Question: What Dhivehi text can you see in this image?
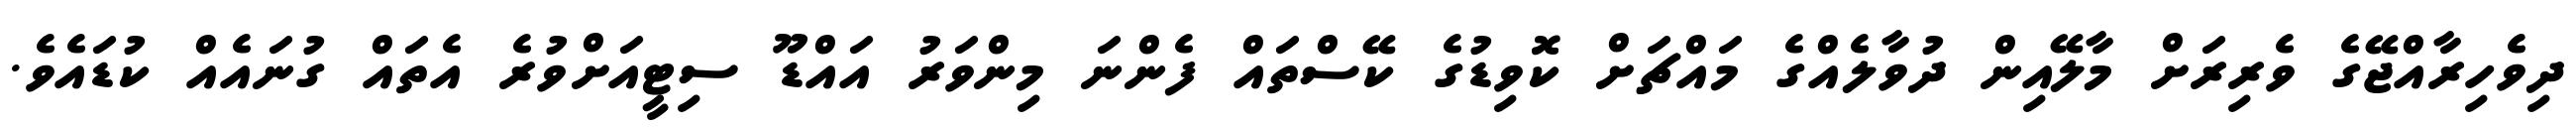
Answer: ދިވެހިރާއްޖޭގެ ވެރިރަށް މާލޭއިން ދުވާލެއްގެ މައްޗަށް ކޮވިޑުގެ ކޭސްތައް ފެންނަ މިންވަރު އައްޑޫ ސިޓީއަށްވުރެ އެތައް ގުނައެއް ކުޑައެވެ.